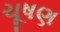
ચૂષણ